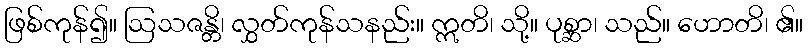
ဖြစ်ကုန်၍။ ဩသဇန္တိ၊ လွှတ်ကုန်သနည်း။ ဣတိ၊ သို့။ ပုစ္ဆာ၊ သည်။ ဟောတိ၊ ၏။